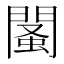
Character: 𨵕